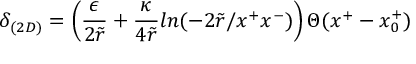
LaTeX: \delta _ { ( 2 D ) } = \left( \frac { \epsilon } { 2 \tilde { r } } + \frac { \kappa } { 4 \tilde { r } } l n ( - 2 \tilde { r } / x ^ { + } x ^ { - } ) \right) \Theta ( x ^ { + } - x _ { 0 } ^ { + } )